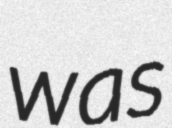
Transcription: was